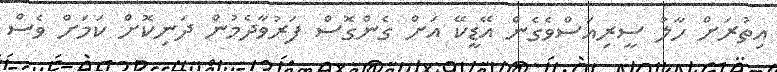
އިތުރަށް ހާލު ސީރިއަސްވެގެން އޭޑީކޭ އަށް ގެންގޮސް ފަރުވާދެމުން ދަނިކޮށް ކަމަށް ވެސް